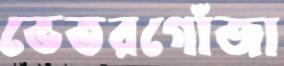
ভেতরগোঁজা